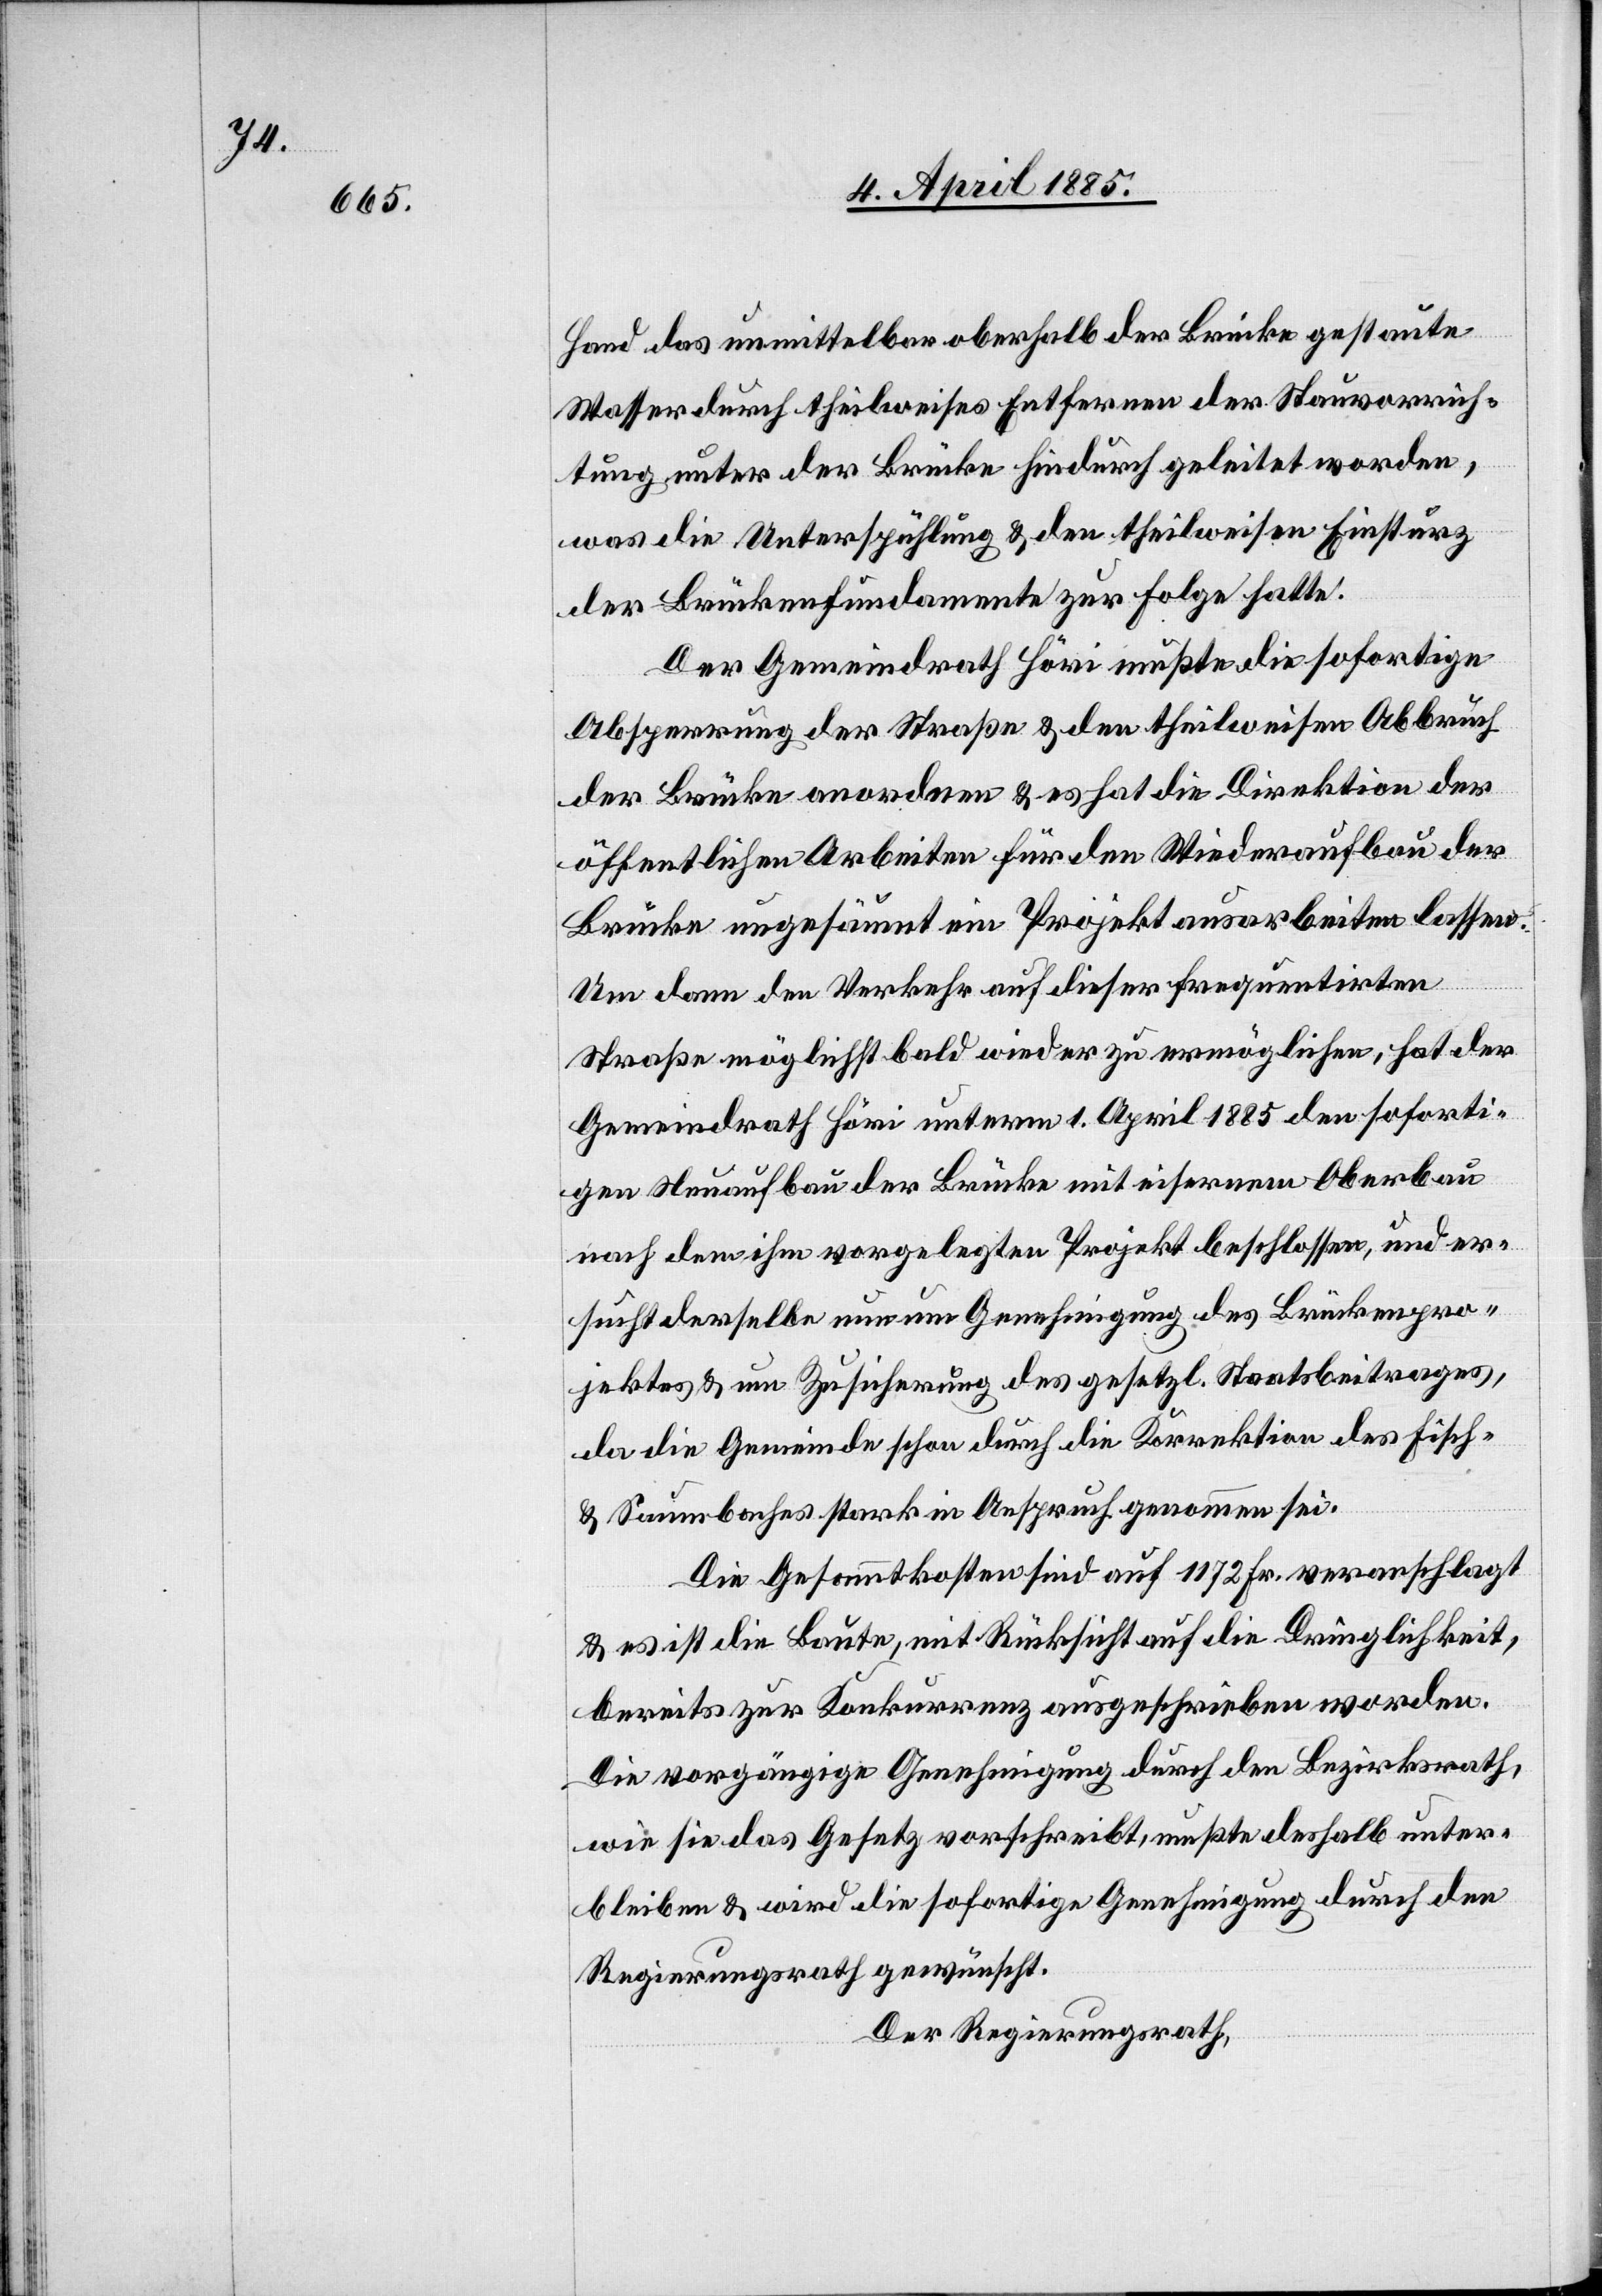
Hand das unmittelbar oberhalb der Brücke gestaute
Wasser durch theilweises Entfernen der Stauvorrich¬
tung unter der Brücke hindurch geleitet worden,
was die Unterspühlung & den theilweisen Einsturz
der Brückenfundamente zur Folge hatte.
Der Gemeindrath Höri mußte die sofortige
Absperrung der Straße & den theilweisen Abbruch
der Brücke anordnen & es hat die Direktion der
öffentlichen Arbeiten für den Wiederaufbau der
Brücke insgesammt ein Projekt ausarbeiten lassen.
Um dann den Verkehr auf dieser frequentirten
Straße möglichst bald wieder zu ermöglichen, hat der
Gemeindrath Höri unterm 1. April 1885 den soforti¬
gen Neuaufbau der Brücke mit eisernem Oberbau
nach den ihm vorgelegten Projekt beschlossen, und er¬
sucht derselbe nun um Genehmigung des Brückenpro¬
jektes & um Zusicherung des gesetzl. Staatsbeitrages,
da die Gemeinde schon durch die Korrektion des Fisch-
& Saumbaches stark in Anspruch genommen sei.
Die Gesammtkosten sind auf 1172 Fr. veranschlagt
& es ist die Baute, mit Rücksicht auf die Dringlichkeit
bereits zur Konkurrenz ausgeschrieben worden.
Die vorgängige Genehmigung durch den Bezirksrath,
wie sie das Gesetz vorschreibt, mußte deshalb unter¬
bleiben & wird die sofortige Genehmigung durch den
Regierungsrath gewünscht.
Der Regierungsrath,